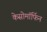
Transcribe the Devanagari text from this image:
केसोमॉर्फिन